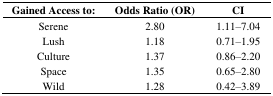
| Gained Access to: | Odds Ratio (OR) | CI |
 | --- | --- | --- |
 | Serene | 2.80 | 1.11–7.04 |
 | Lush | 1.18 | 0.71–1.95 |
 | Culture | 1.37 | 0.86–2.20 |
 | Space | 1.35 | 0.65–2.80 |
 | Wild | 1.28 | 0.42–3.89 |